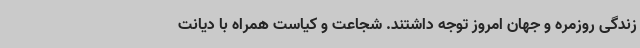
زندگی روزمره و جهان امروز توجه داشتند. شجاعت و کیاست همراه با دیانت